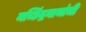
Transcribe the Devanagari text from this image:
मच्छिंद्रनाथांची